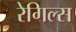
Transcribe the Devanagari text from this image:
रेगिल्स